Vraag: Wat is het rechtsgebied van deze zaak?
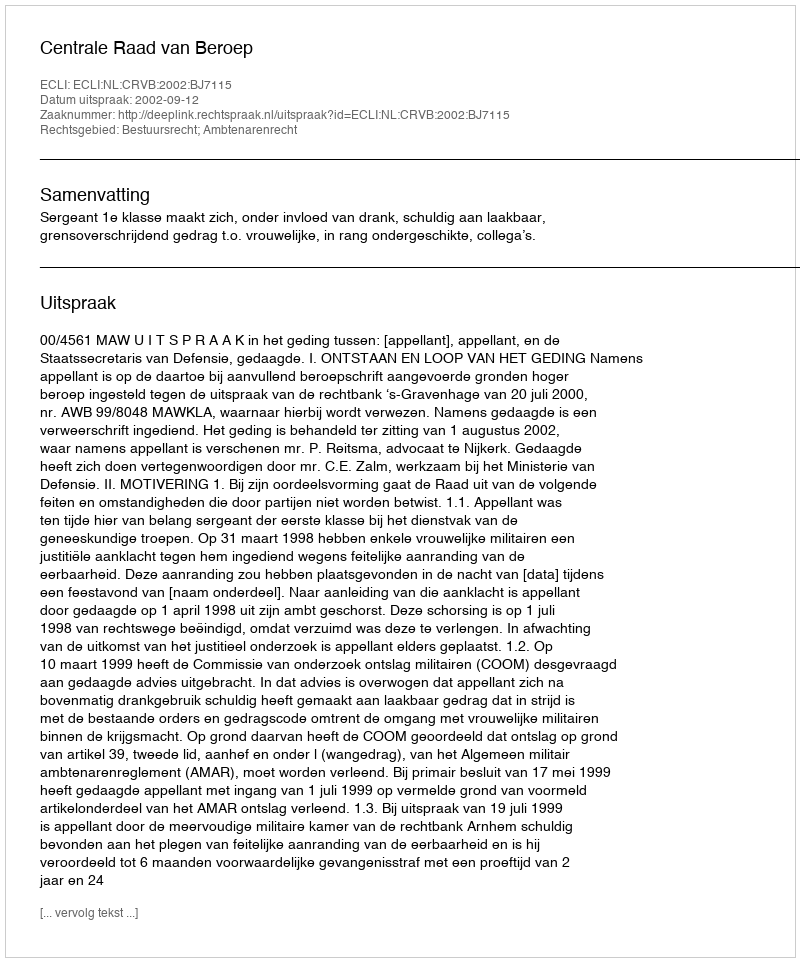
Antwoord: Bestuursrecht; Ambtenarenrecht